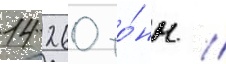
14 260 то́нн //